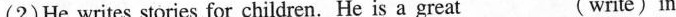
(2) He writes stories for children. He is a great ___(write)in